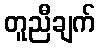
တူညီချက်